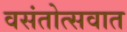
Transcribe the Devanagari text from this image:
वसंतोत्सवात